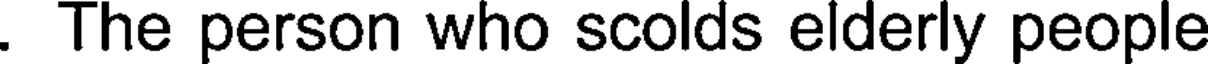
. The person who scolds elderly people